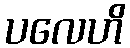
ပလေဟိ